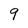
Character: 9